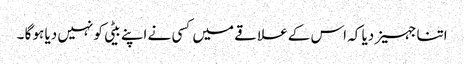
اتنا جہیز دیا کہ اس کے علا قے میں کسی نے اپنے بیٹی کو نہیں دیا ہو گا ۔